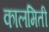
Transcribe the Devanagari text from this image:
कालमिती